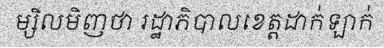
ម្សិលមិញថា រដ្ឋាភិបាលខេត្តដាក់ឡាក់